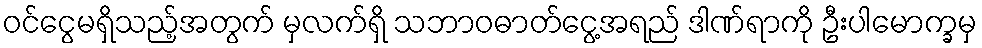
ဝင်ငွေမရှိသည့်အတွက် မှလက်ရှိ သဘာဝဓာတ်ငွေ့အရည် ဒါဏ်ရာကို ဦးပါမောက္ခမှ